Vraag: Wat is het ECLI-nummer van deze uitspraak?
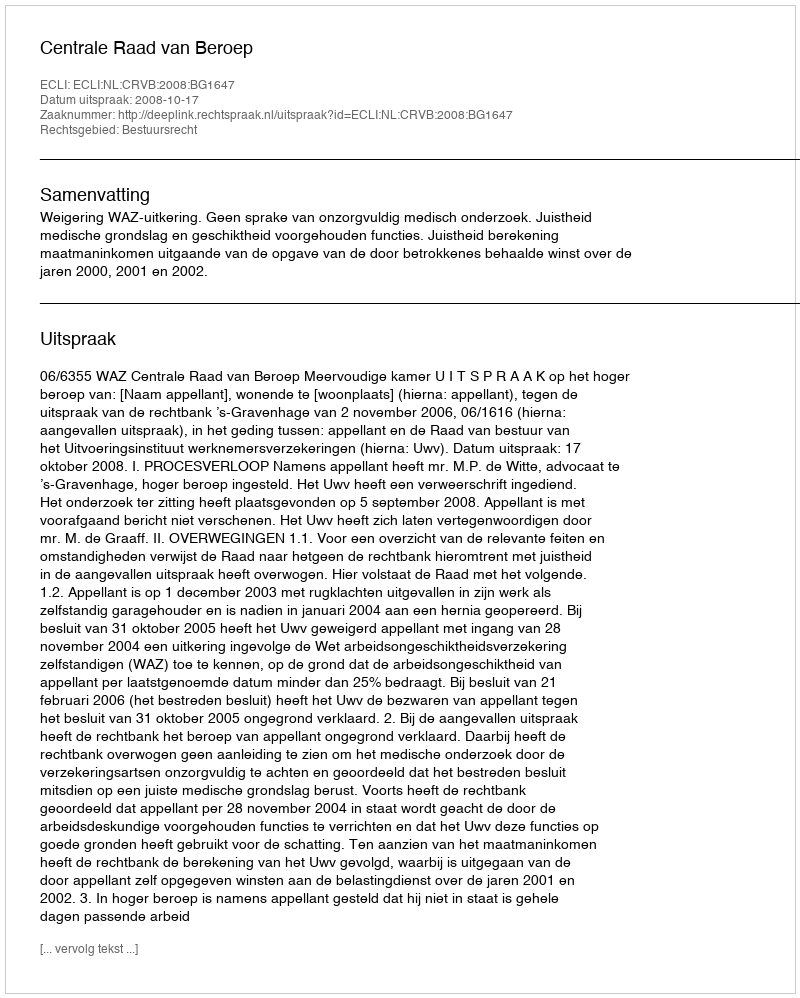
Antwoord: ECLI:NL:CRVB:2008:BG1647